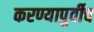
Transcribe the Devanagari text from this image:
करण्यापुर्वीच